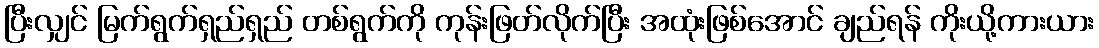
ပြီးလျှင် မြက်ရွက်ရှည်ရှည် တစ်ရွက်ကို ကုန်းဖြတ်လိုက်ပြီး အထုံးဖြစ်အောင် ချည်ရန် ကိုးယို့ကားယား